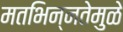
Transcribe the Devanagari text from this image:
मतभिन्नतेमुळे